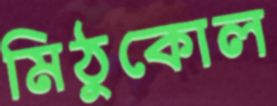
মিঠুকোল